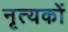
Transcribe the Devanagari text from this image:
नृत्यकों